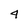
Character: 4